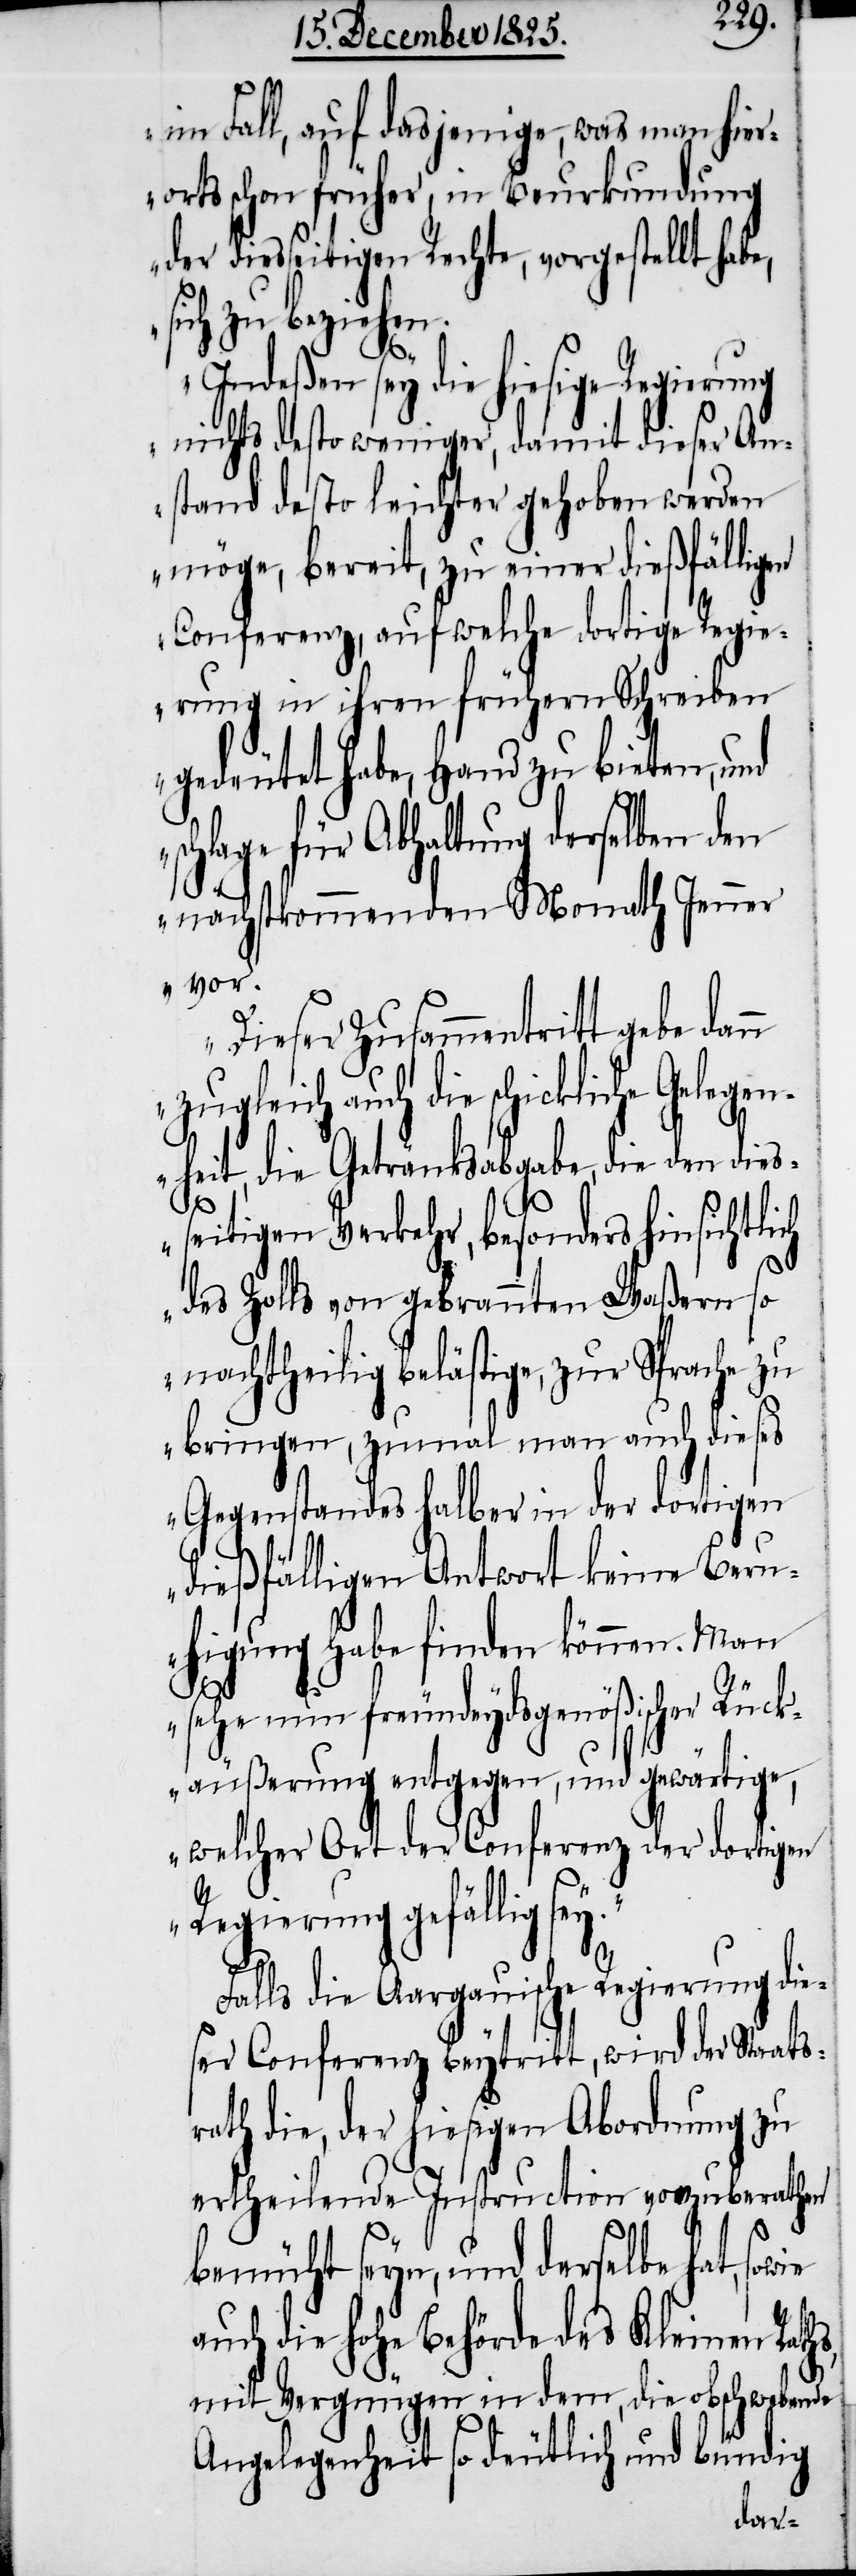
im Fall, auf dasjenige, was man hier¬
orts schon früher, in Beurkundung
der diesseitigen Rechte, vorgestellt habe,
sich zu beziehen.
Indeßen sey die hiesige Regierung
nichts desto weniger, damit dieser An¬
stand desto leichter gehoben werden
möge, bereit, zu einer dießfälligen
Conferenz, auf welche dortige Regie¬
rung in ihren frühern Schreiben
gedeutet habe, Hand zu bieten, und
schlage für Abhaltung derselben den
nächstkommenden Monath Jenner
vor.
Dieser Zusammentritt gebe dann
zugleich auch die schickliche Gelegen¬
heit, die Getränksabgabe, die den dies¬
ch
seitigen Verkehr, besonders hinsichtli¬
des Zolls von gebrannten Waßern so
nachtheilig belästige, zur Sprache zu
bringen, zumal man auch dieses
Gegenstandes halber in der dortigen
dießfälligen Antwort keine Beru¬
higung habe finden können. Man
sehe nun freundeydsgenößischer Rüc¬
käußerung entgegen, und gewärtige,
welcher Art der Conferenz der dortigen
Regierung gefällig se¬
s,
Falls die Aargauische Regierung die¬
ser Conferenz beytritt, wird der Staats¬
rath die, der hiesigen Abordnung zu
ertheilende Instruction vorzuberathen
bemüht seyn, und derselbe hat, so¬
auch die hohe Behörde des Kleinen Rath¬
mit Vergnügen in dem, die obschwebende
Angelegenheit so deutlich und bündig